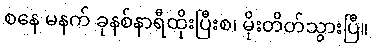
စနေ မနက် ခုနစ်နာရီထိုးပြီးစ၊ မိုးတိတ်သွားပြီ။